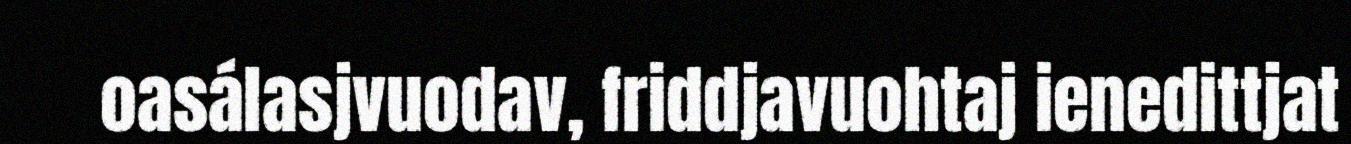
oasálasjvuodav, friddjavuohtaj ienedittjat